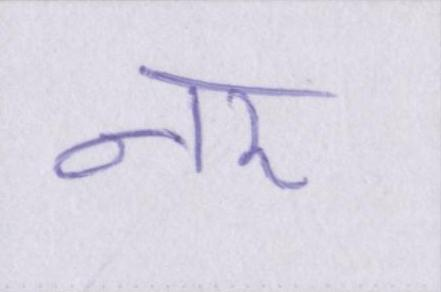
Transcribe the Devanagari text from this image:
नर